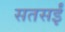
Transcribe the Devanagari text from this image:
सतसईं